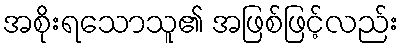
အစိုးရသောသူ၏ အဖြစ်ဖြင့်လည်း